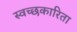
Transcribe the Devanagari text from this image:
स्वच्छकारिता